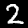
Label: 2